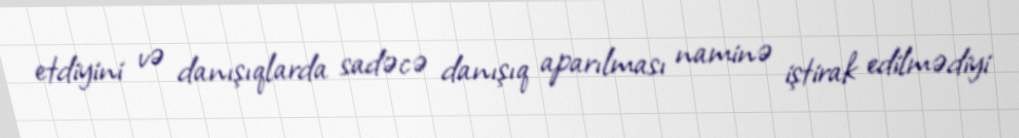
etdiyini və danışıqlarda sadəcə danışıq aparılması naminə iştirak edilmədiyi